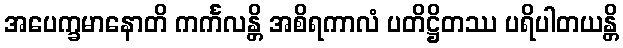
အပေက္ခမာနောတိ ကင်္ကလန္တိ အစိရကာလံ ပတိဋ္ဌိတဿ ပရိပါတယန္တိ